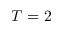
T = 2